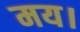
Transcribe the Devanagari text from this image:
मय।